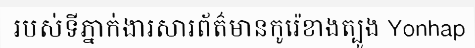
របស់ទីភ្នាក់ងារសារព័ត៌មានកូរ៉េខាងត្បូង Yonhap